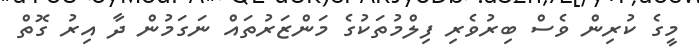
މީގެ ކުރިން ވެސް ބިރުވެރި ފިލްމުތަކުގެ މަންޒަރުތައް ނަގަމުން ދާ އިރު ގޮތް